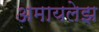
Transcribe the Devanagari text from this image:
अमायलेझ